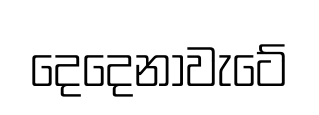
දෙදෙනාවැටේ